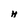
Character: H